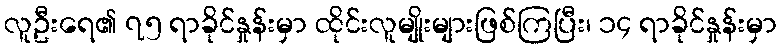
လူဦးရေ၏ ၇၅ ရာခိုင်နှုန်းမှာ ထိုင်းလူမျိုးများဖြစ်ကြပြီး၊ ၁၄ ရာခိုင်နှုန်းမှာ